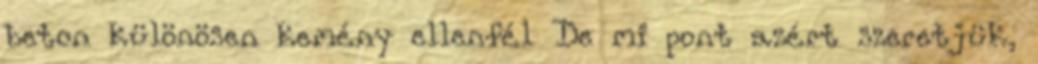
beton különösen kemény ellenfél De mi pont azért szeretjük,